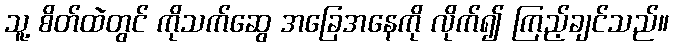
သူ့ စိတ်ထဲတွင် ကိုသက်ဆွေ အခြေအနေကို လိုက်၍ ကြည့်ချင်သည်။